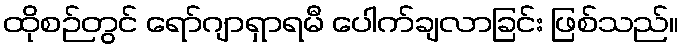
ထိုစဉ်တွင် ရော်ဂျာရှာရမီ ပေါက်ချလာခြင်း ဖြစ်သည်။